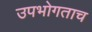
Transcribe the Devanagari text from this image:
उपभोगताच